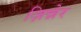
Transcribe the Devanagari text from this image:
ज़िन्नेर